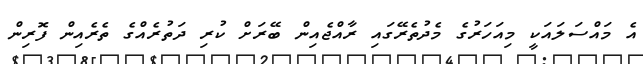
އެ މައްސަލައަކީ މިއަހަރުގެ މެދުތެރޭގައި ރާއްޖެއިން ބޭރަށް ކުރި ދަތުރެއްގެ ތެރެއިން ފޮރިން